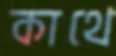
কাথে